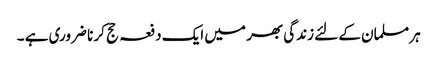
ہر مسلمان کے لئے زندگی بھر میں ایک دفعہ حج کر نا ضروری ہے ۔